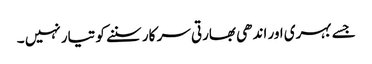
جسے بہری اور اندھی بھارتی سر کار سننے کو تیار نہیں ۔